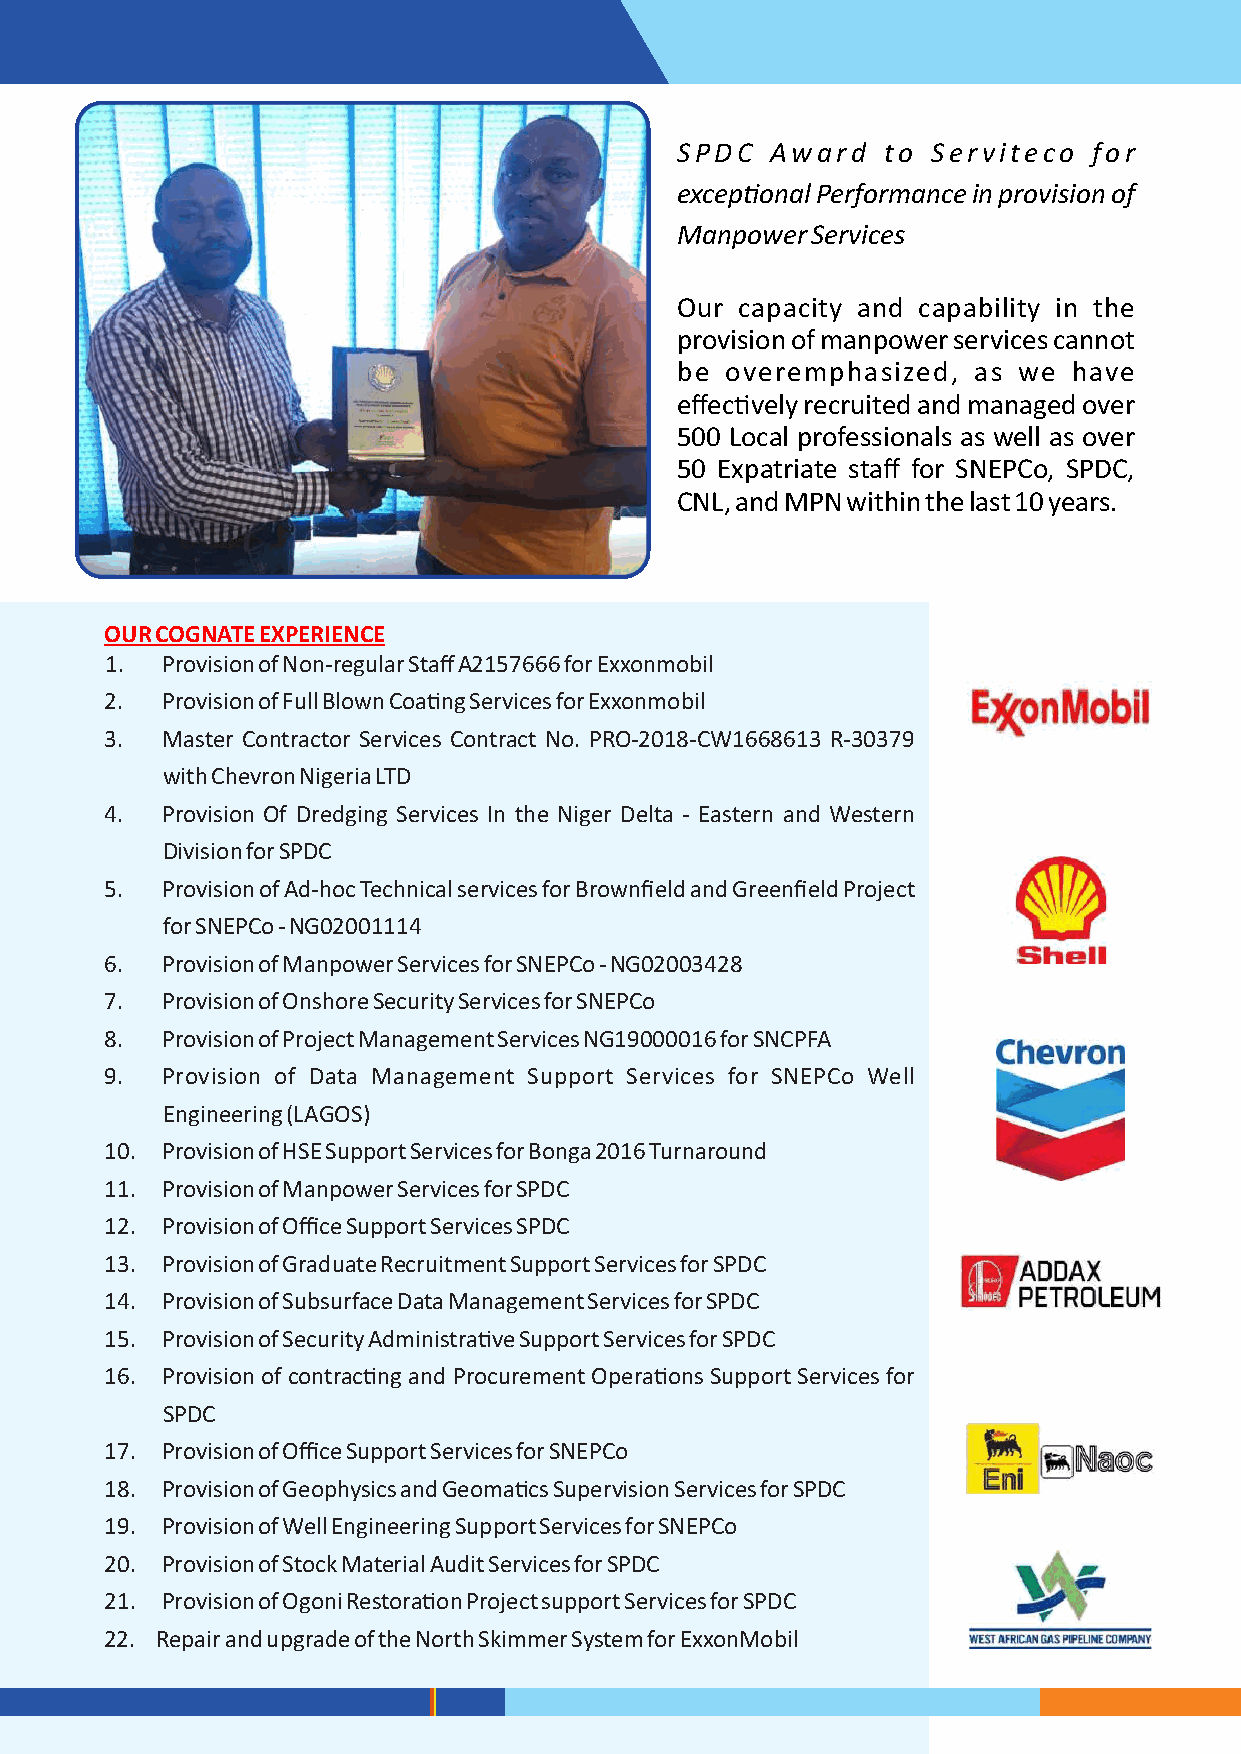
SPDC  Award  to  Serviteco for
 exceponal Performance in provision of
 Manpower Services
 Our capacity and capability in the
 provision of manpower services cannot
 be overemphasized, as we  have
 effecvely recruited and managed over
 500 Local professionals as well as over
 50 Expatriate staff for SNEPCo, SPDC,
 CNL, and MPN within the last 10 years.
 OUR COGNATE EXPERIENCE
 1.  Provision of Non-regular Staff A2157666 for Exxonmobil
 2.  Provision of Full Blown Coang Services for Exxonmobil
 3.  Master Contractor Services Contract No. PRO-2018-CW1668613 R-30379
 with Chevron Nigeria LTD
 4.  Provision Of Dredging Services In the Niger Delta - Eastern and Western
 Division for SPDC
 5.  Provision of Ad-hoc Technical services for Brownfield and Greenfield Project
 for SNEPCo - NG02001114
 6.  Provision of Manpower Services for SNEPCo - NG02003428
 7.  Provision of Onshore Security Services for SNEPCo
 8.  Provision of Project Management Services NG19000016 for SNCPFA
 9.  Provision of Data Management Support Services for SNEPCo Well
 Engineering (LAGOS)
 10. Provision of HSE Support Services for Bonga 2016 Turnaround
 11. Provision of Manpower Services for SPDC
 12. Provision of Office Support Services SPDC
 13. Provision of Graduate Recruitment Support Services for SPDC
 14. Provision of Subsurface Data Management Services for SPDC
 15. Provision of Security Administrave Support Services for SPDC
 16. Provision of contracng and Procurement Operaons Support Services for
 SPDC
 17. Provision of Office Support Services for SNEPCo
 18. Provision of Geophysics and Geomacs Supervision Services for SPDC
 19. Provision of Well Engineering Support Services for SNEPCo
 20. Provision of Stock Material Audit Services for SPDC
 21. Provision of Ogoni Restoraon Project support Services for SPDC
 22. Repair and upgrade of the North Skimmer System for ExxonMobil